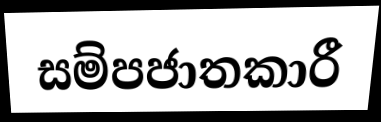
සම්පජාතකාරී